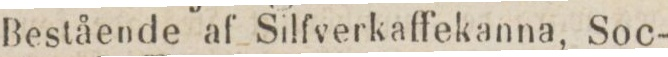
Bestående af Silfverkaffekanna, Soc-